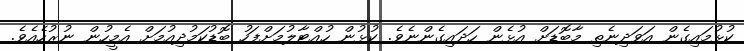
ކުޅުމައިގެން އަވަދިނެތި މާބޮޑަށް އުޅެން ހަދައިގެންނެވެ. ކުޅުން ހުއްޓާލުމަށްފަހު ބޮޑުކަމުދިއުމަށް އެމީހުން ނުރުހެއެވެ.